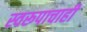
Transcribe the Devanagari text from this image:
स्वरूपाचाही